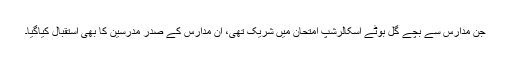
جن مدارس سے بچّے گُل بوٹے اسکالرشپ امتحان میں شریک تھی، اُن مدارس کے صدر مدرسین کا بھی استقبال کیاگیا۔